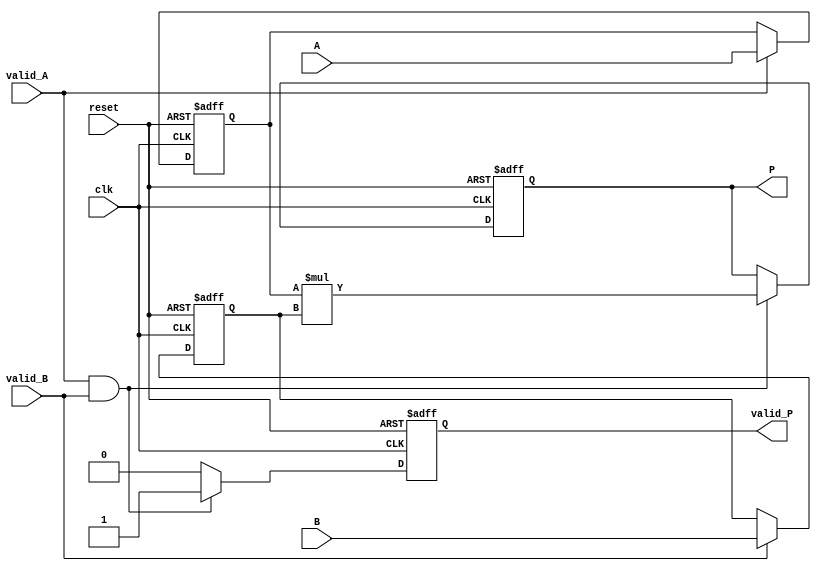
module streaming_multiplier (
    input  wire        clk,          // Clock signal
    input  wire        reset,        // Asynchronous reset signal
    input  wire [15:0] A,            // Input Data A (16-bit fixed-point)
    input  wire [15:0] B,            // Input Data B (16-bit fixed-point)
    input  wire        valid_A,      // Valid signal for A
    input  wire        valid_B,      // Valid signal for B
    output reg [31:0] P,             // Output product (32-bit fixed-point)
    output reg        valid_P         // Valid signal for product
);

    // Internal signals
    reg [15:0] A_reg, B_reg;          // Registers to store valid A and B data

    // Process the multiplication
    always @(posedge clk or posedge reset) begin
        if (reset) begin
            // Reset outputs
            P <= 32'b0;
            valid_P <= 1'b0;
            A_reg <= 16'b0;
            B_reg <= 16'b0;
        end else begin
            // Check if valid signals are asserted for A and B
            if (valid_A) begin
                A_reg <= A;           // Store valid A
            end
            if (valid_B) begin
                B_reg <= B;           // Store valid B
            end
            
            // Perform multiplication when both A and B are valid
            if (valid_A && valid_B) begin
                P <= A_reg * B_reg;   // Multiply current values of A and B
                valid_P <= 1'b1;      // Assert output valid signal
            end else begin
                valid_P <= 1'b0;      // De-assert output valid if not both inputs are valid
            end
        end
    end

endmodule